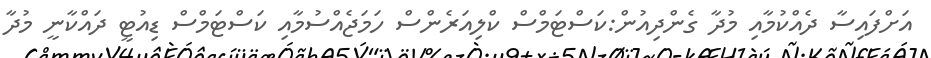
އަށްފައިސާ ދެއްކުމާއި މުދާ ގެންދިއުން:ކަސްޓަމްސް ކްލިއަރެންސް ހަމަޖެއްސުމާއި ކަސްޓަމްސް ޑިއުޓީ ދައްކާނީ މުދާ